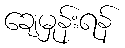
ချေမှုန်းရန်